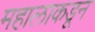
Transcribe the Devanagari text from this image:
महालाकडून